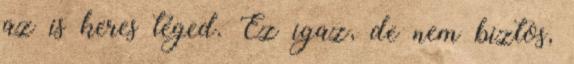
az is keres téged. Ez igaz, de nem biztos,